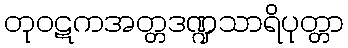
တုဝဋကအတ္တဒဏ္ဍသာရိပုတ္တာ